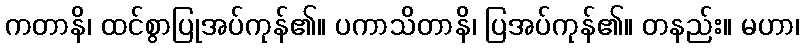
ကတာနိ၊ ထင်စွာပြုအပ်ကုန်၏။ ပကာသိတာနိ၊ ပြအပ်ကုန်၏။ တနည်း။ မဟာ၊